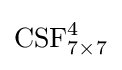
{\text{CSF}}_{7\times 7}^{4}